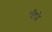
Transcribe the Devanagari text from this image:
पौपौ